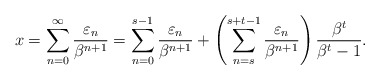
\begin{align*}x=\sum_{n=0}^\infty\frac{\varepsilon_n}{\beta^{n+1}}=\sum_{n=0}^{s-1}\frac{\varepsilon_n}{\beta^{n+1}} + \left(\sum_{n=s}^{s+t-1}\frac{\varepsilon_n}{\beta^{n+1}}\right) \frac{\beta^t}{\beta^t-1}.\end{align*}